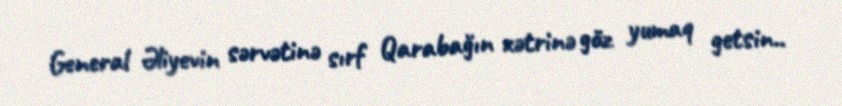
General Əliyevin sərvətinə sırf Qarabağın xətrinə göz yumaq getsin..